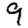
Digit: 9